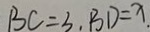
B C = 3 , B D = x